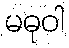
မဓုဝါ